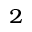
_ 2